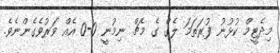
މިދެޓީމް ކުޅުނު ފުރަތަމަ ލެގް ގެ މެޗް ނިމުނީ 0-0 އެއް ވަރުވެގެންނެވެ.